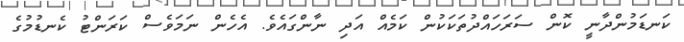
ކަނޑަމުންދާނީ ކޮން ސަރަހައްދުތަކަކުން ކަމެއް އަދި ނާންގައެވެ. އެހެން ނަމަވެސް ކަރަންޓު ކެނޑުމުގެ